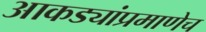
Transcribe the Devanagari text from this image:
आकड्यांप्रमाणेच